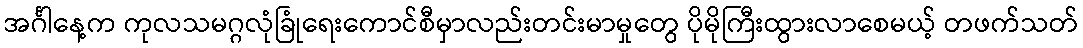
အင်္ဂါနေ့က ကုလသမဂ္ဂလုံခြုံရေးကောင်စီမှာလည်းတင်းမာမှုတွေ ပိုမိုကြီးထွားလာစေမယ့် တဖက်သတ်